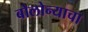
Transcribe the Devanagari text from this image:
बोलोन्याचा